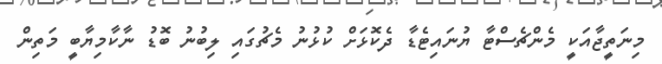
މިނަތީޖާއަކީ މެންޗެސްޓާ ޔުނައިޓެޑާ ދެކޮޅަށް ކުޅުނު މެޗުގައި ލިބުނު ބޮޑު ނާކާމިޔާބީ މަތިން